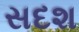
સદશ